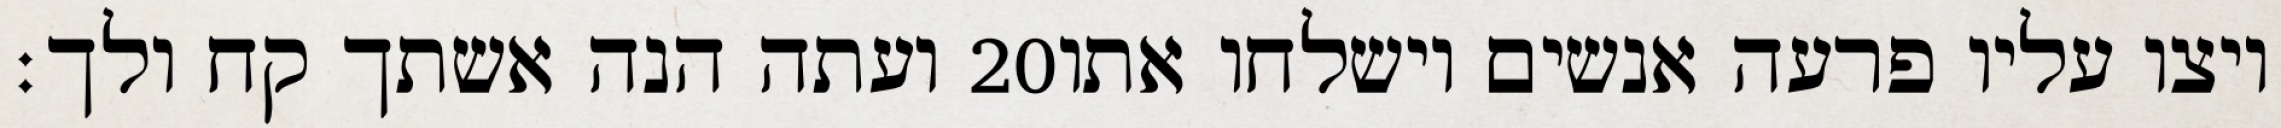
ועתה הנה אשתך קח ולך׃ ‎20‏ ויצו עליו פרעה אנשים וישלחו אתו